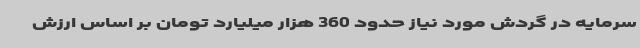
سرمایه در گردش مورد نیاز حدود 360 هزار میلیارد تومان بر اساس ارزش